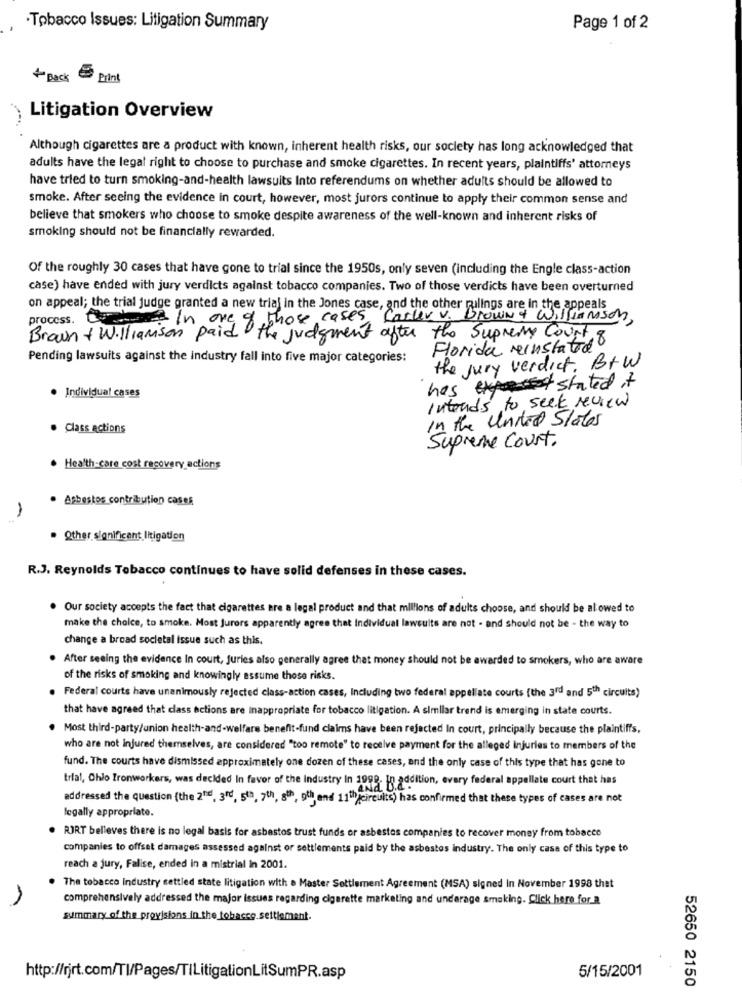
·Tobacco Issues: Litigation Summary
Page 1 of 2
+ Back
Print
Litigation Overview
Although cigarettes are a product with known, inherent health risks, our society has long acknowledged that
adults have the legal right to choose to purchase and smoke cigarettes. In recent years, plaintiffs' attorneys
have tried to turn smoking-and-health lawsuits Into referendums on whether adults should be allowed to
smoke. After seeing the evidence in court, however, most jurors continue to apply their common sense and
believe that smokers who choose to smoke despite awareness of the well-known and inherent risks of
smoking should not be financially rewarded.
Of the roughly 30 cases that have gone to trial since the 1950s, only seven (including the Engle class-action
case) have ended with jury verdicts against tobacco companies. Two of those verdicts have been overturned
on appeal; the trial judge granted a new trial in the Jones case, and the other rulings are in the appeals
process.
there In one of those cases, Carler v. Brown & Williamson,
Brown + Williamson paid the judgment after the Supreme Court 8
Florida reinstated
Pending lawsuits against the industry fall into five major categories:
the jury verdict. Btw
has started it
Individual cases
Intends to seek review
In the United States
Class actions
Supreme Court.
. Health-care cost recovery actions
Asbestos contribution casek
-
Other significant litigation
R.J. Reynolds Tobacco continues to have solid defenses in these cases.
. Our society accepts the fact that cigarettes are a legal product and that millions of adults choose, and should be allowed to
make the choice, to smoke. Most Jurors apparently agree that Individual lawsuits are not - and should not be - the way to
change a broad societal Issue such as this.
After seeing the evidence In court, juries also generally agree that money should not be awarded to smokers, who are aware
of the risks of smoking and knowingly assume those risks.
Federal courts have unanimously rejected class-action cases, Including two federal appellate courts {the 3rd and 5th circuits)
that have agreed that class actions are Inappropriate for tobacco litigation. A similar trend is emerging in state courts.
Most third-party/union health-and-welfare benefit-fund claims have been rejected In court, principally because the plaintiffs.
who are not injured themselves, are considered "too remote" to receive payment for the alleged injuries to members of the
fund. The courts have dismissed approximately one dozen of these cases, and the only case of this type that has gone to
trial, Chlo Ironworkers, was decided In favor of the Industry In 1998. In
"aria E. addition, every federal appellate court that has
addressed the question (the 2nd, 3nd, 5th, 7th, 8th, oth and 11th circuits) has confirmed that these types of cases are not
legally appropriate.
RORT belleves there is no legal basis for asbestos trust funds or asbestos companies to recover money from tobacco
companies to offset damages assessed against or settlements paid by the asbestos Industry. The only case of this type to
reach a jury, Falise, ended in a mistrial in 2001.
The tobacco Industry settled state litigation with a Master Settlement Agreement (MSA) signed In November 1998 thet
comprehensively addressed the major issues regarding cigarette marketing and underage smoking. Click here for.
summary of the provisions in the tobacco.settlement.
5/15/2001
http://rjrt.com/Tl/Pages/TILitigationLitSumPR.asp
52650 2150